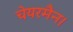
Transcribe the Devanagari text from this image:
चेयरमैन।